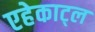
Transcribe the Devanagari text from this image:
एहेकाट्ल